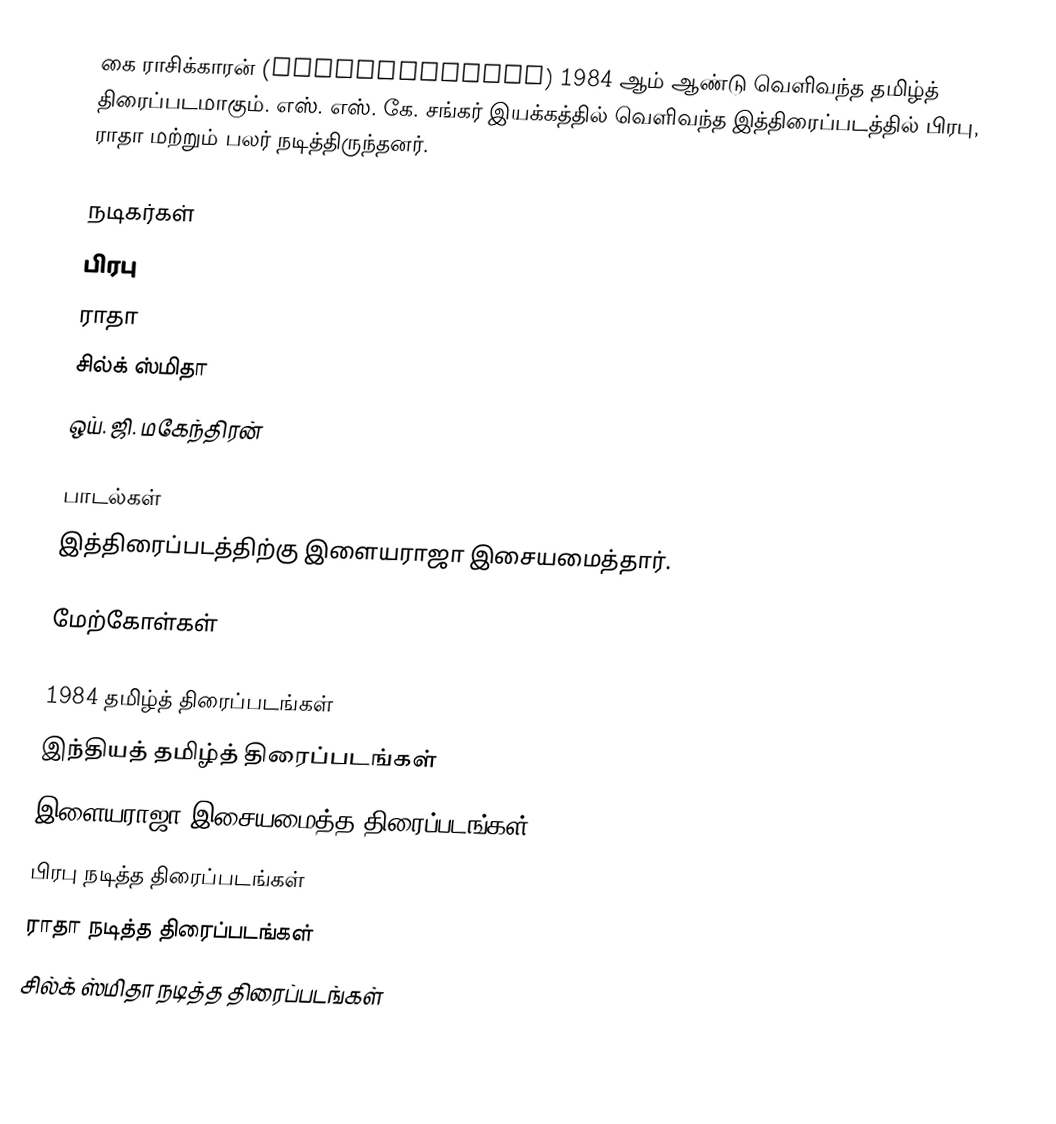
கை ராசிக்காரன் (Kairasikkaran) 1984 ஆம் ஆண்டு வெளிவந்த தமிழ்த் திரைப்படமாகும். எஸ். எஸ். கே. சங்கர் இயக்கத்தில் வெளிவந்த இத்திரைப்படத்தில் பிரபு, ராதா மற்றும் பலர் நடித்திருந்தனர்.

நடிகர்கள்
 பிரபு
 ராதா
 சில்க் ஸ்மிதா
 ஒய். ஜி. மகேந்திரன்

பாடல்கள்
இத்திரைப்படத்திற்கு இளையராஜா இசையமைத்தார்.

மேற்கோள்கள்

1984 தமிழ்த் திரைப்படங்கள்
இந்தியத் தமிழ்த் திரைப்படங்கள்
இளையராஜா இசையமைத்த திரைப்படங்கள்
பிரபு நடித்த திரைப்படங்கள்
ராதா நடித்த திரைப்படங்கள்
சில்க் ஸ்மிதா நடித்த திரைப்படங்கள்